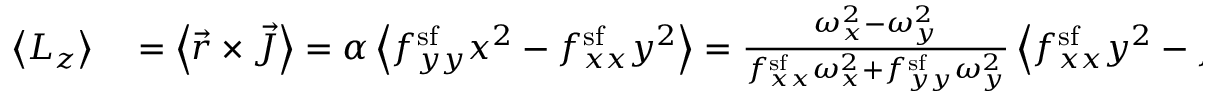
\begin{array} { r l } { \left< L _ { z } \right> } & { { } = \left< \vec { r } \times \vec { J } \right> = \alpha \left< f _ { y y } ^ { \mathrm { s f } } x ^ { 2 } - f _ { x x } ^ { \mathrm { s f } } y ^ { 2 } \right> = \frac { \omega _ { x } ^ { 2 } - \omega _ { y } ^ { 2 } } { f _ { x x } ^ { \mathrm { s f } } \omega _ { x } ^ { 2 } + f _ { y y } ^ { \mathrm { s f } } \omega _ { y } ^ { 2 } } \left< f _ { x x } ^ { \mathrm { s f } } y ^ { 2 } - f _ { y y } ^ { \mathrm { s f } } x ^ { 2 } \right> \Omega } \end{array}